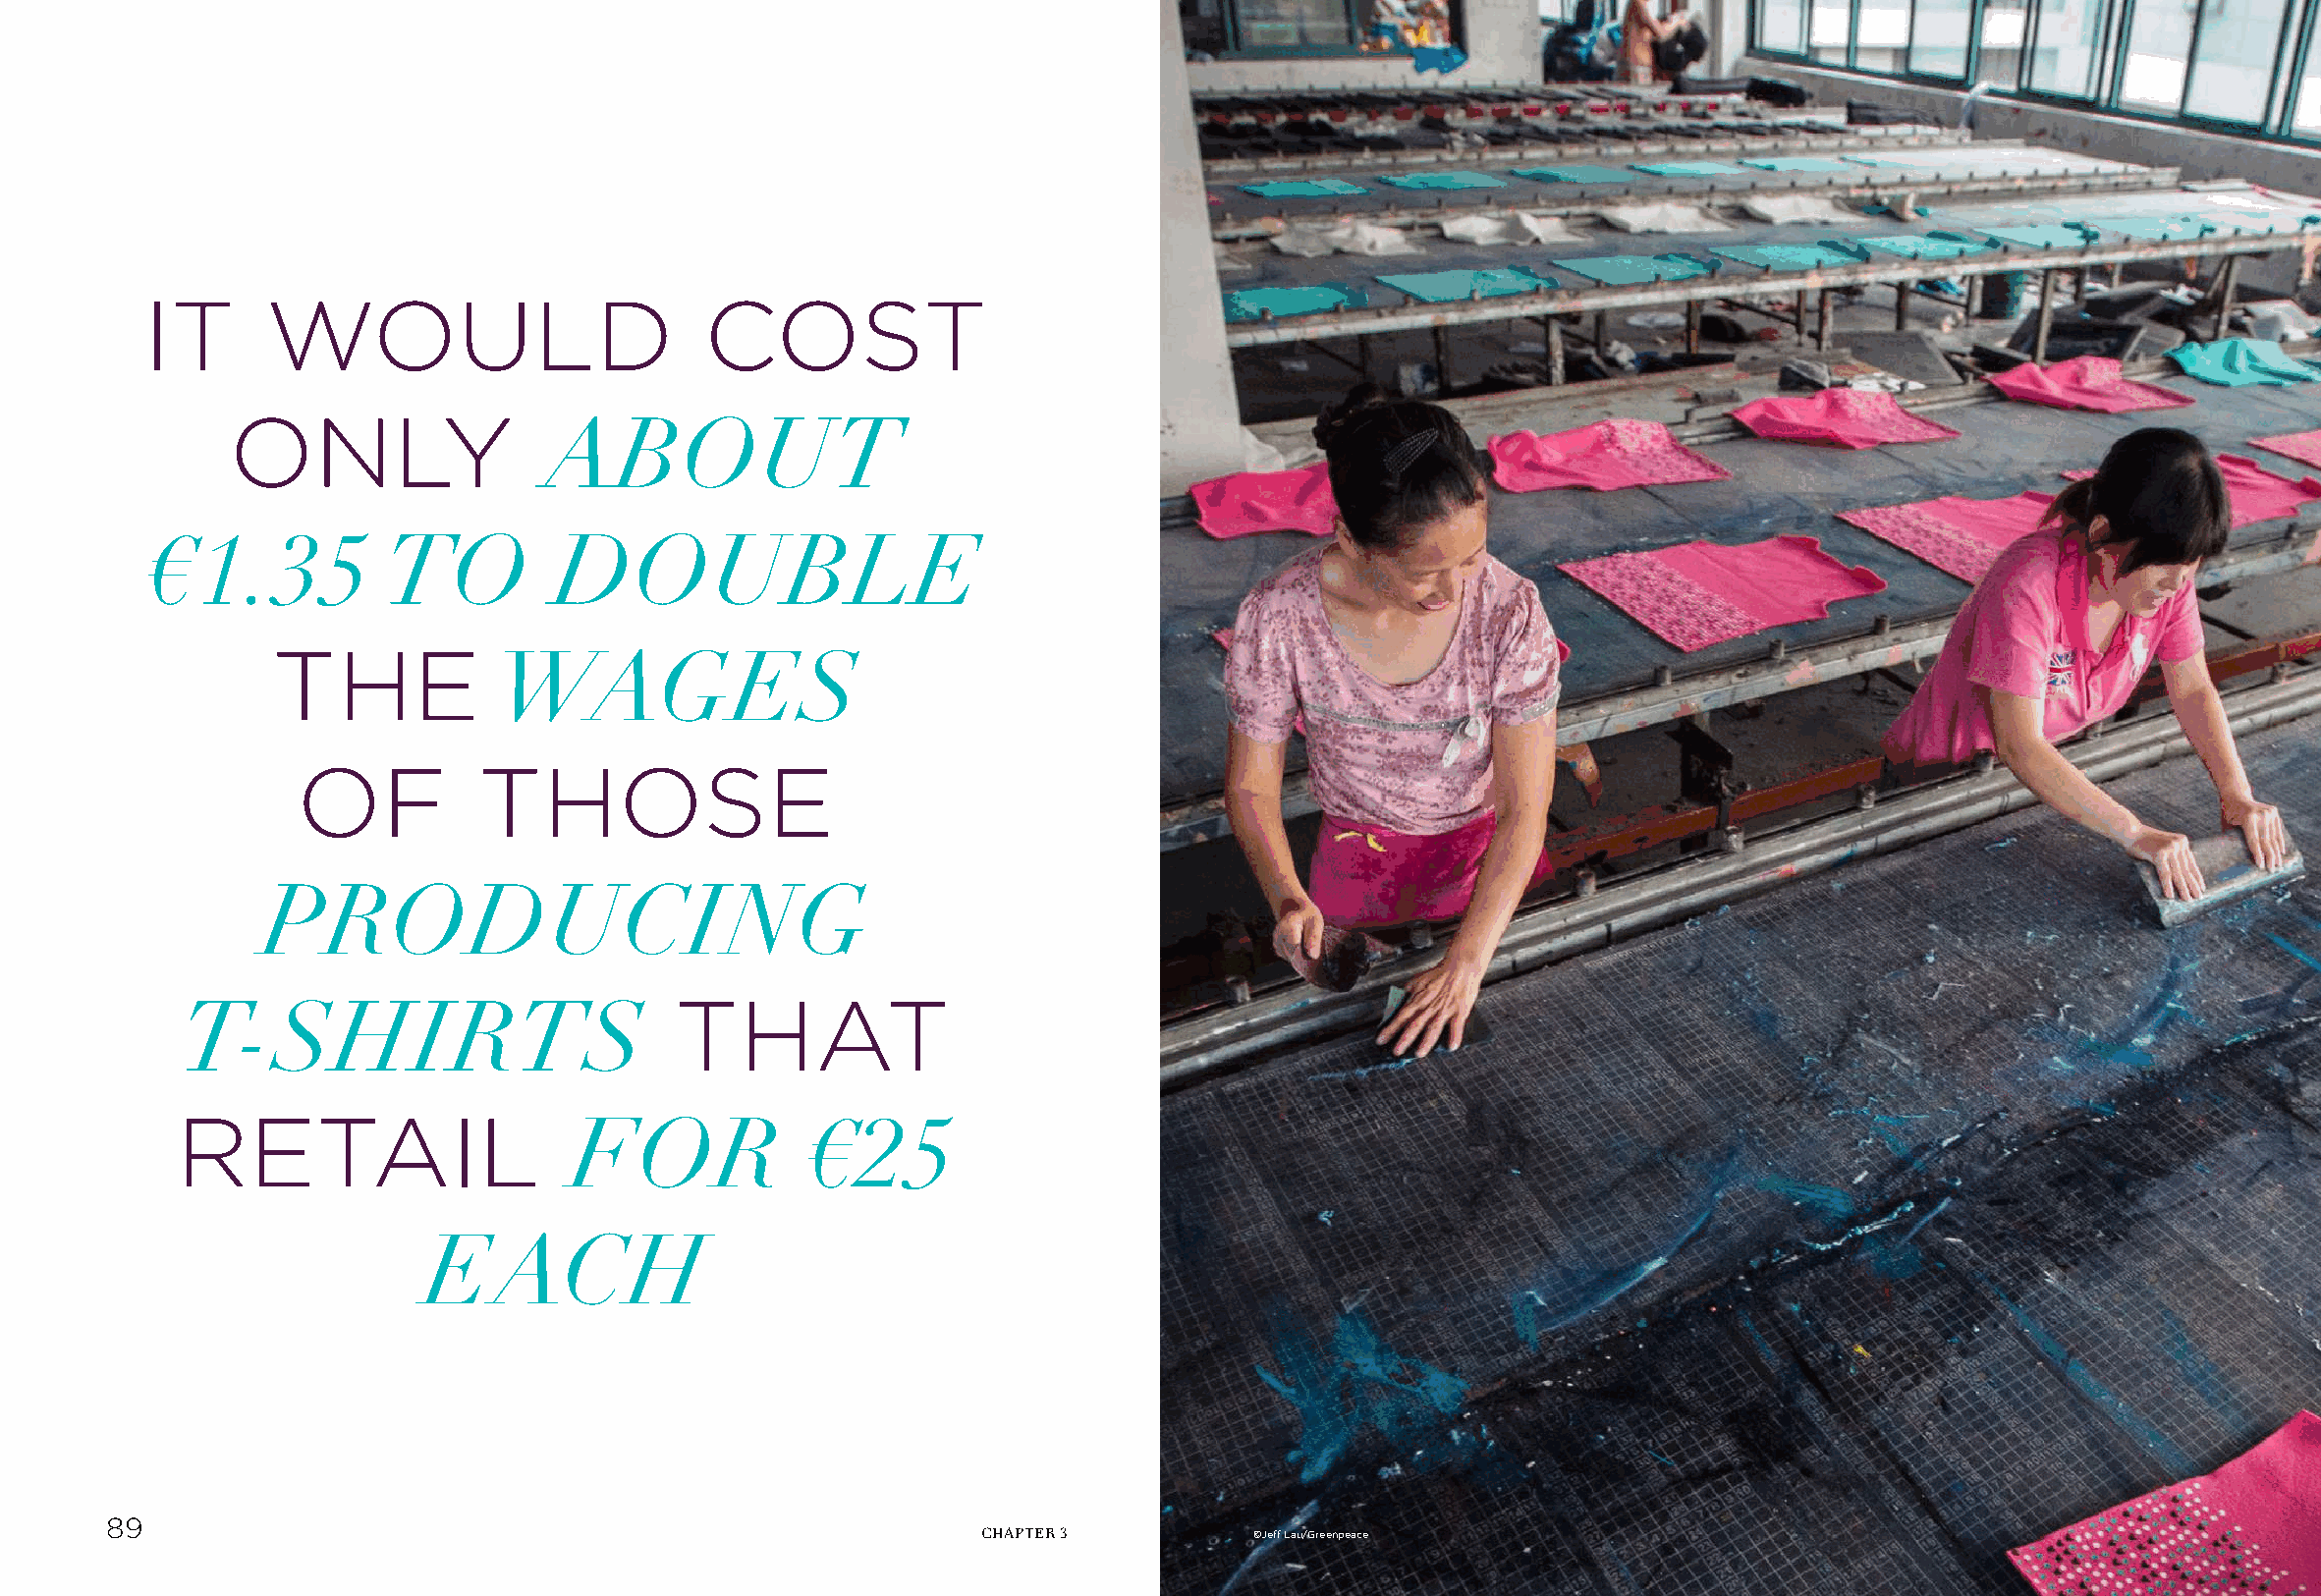
IT      WOULD                        COST
 ONLY
 ABOUT
 €1.35           TO         DOUBLE
 THE
 WAGES
 OF          THOSE
 PRODUCING
 THAT
 T-SHIRTS
 RETAIL
 FOR              €25
 EACH
 89
 CHAPTER 3         ©Jeff Lau/Greenpeace